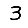
Digit: 3